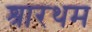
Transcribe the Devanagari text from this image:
श्रारथम